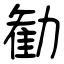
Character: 勧